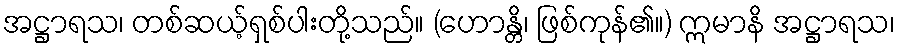
အဋ္ဌာရသ၊ တစ်ဆယ့်ရှစ်ပါးတို့သည်။ (ဟောန္တိ၊ ဖြစ်ကုန်၏။) ဣမာနိ အဋ္ဌာရသ၊